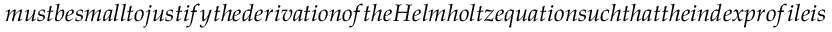
m u s t b e s m a l l t o j u s t i f y t h e d e r i v a t i o n o f t h e H e l m h o l t z e q u a t i o n s u c h t h a t t h e i n d e x p r o f i l e i s s u f f i c i e n t l y g e n t l e (